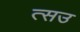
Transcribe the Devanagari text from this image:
त्सउ